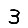
Digit: 3